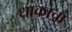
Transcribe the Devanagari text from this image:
धाकाचा